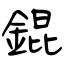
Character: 錕